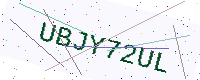
Text: UBJY72UL